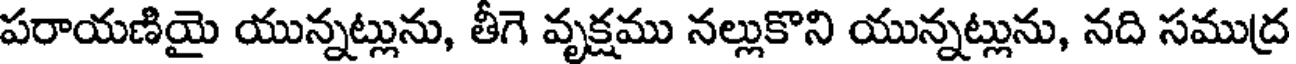
పరాయణియై యున్నట్లును, తీగె వృక్షము నల్లుకొని యున్నట్లును, నది సముద్ర